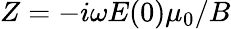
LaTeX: Z=-i\omega E(0)\mu_{0}/B